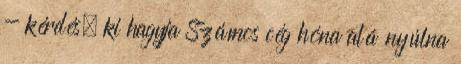
- kérdés, ki hagyja Számos cég hóna alá nyúlna